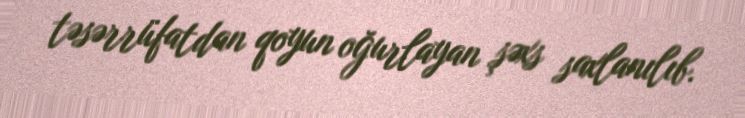
təsərrüfatdan qoyun oğurlayan şəxs saxlanılıb.